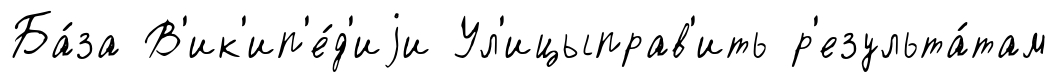
Ба́за В'ик'ип'е́д'иjи Ул'ицыправ'ить р'езульта́там